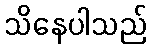
သိနေပါသည်